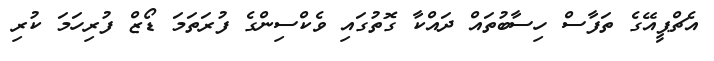
އެޗްޕީއޭގެ ތަފާސް ހިސާބުތައް ދައްކާ ގޮތުގައި ވެކްސިންގެ ފުރަތަމަ ޑޯޒް ފުރިހަމަ ކުރި